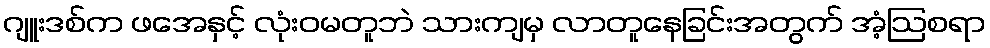
ဂျူးဒစ်က ဖအေနှင့် လုံးဝမတူဘဲ သားကျမှ လာတူနေခြင်းအတွက် အံ့ဩစရာ